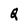
Character: Q